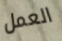
العمل